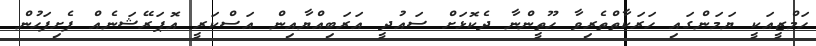
ހަމްޒީއަކީ ޔަމަންގައި ހަރަކާތްތެރިވާ ހޫތީންނާ ދެކޮޅަށް ސައުދީ އަރަބިއްޔާއިން އަސްކަރީ އޮޕަރޭޝަނެއް ފެށިފަހުން